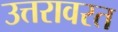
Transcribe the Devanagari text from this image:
उत्तरावरत